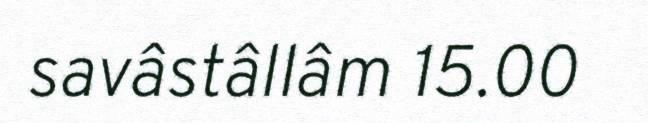
savâstâllâm 15.00